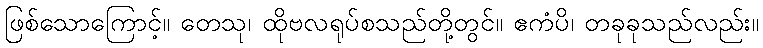
ဖြစ်သောကြောင့်။ တေသု၊ ထိုဗလရုပ်စသည်တို့တွင်။ ဧကံပိ၊ တခုခုသည်လည်း။